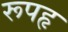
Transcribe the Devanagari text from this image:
रूपहृ